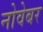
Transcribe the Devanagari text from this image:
नोवेबर